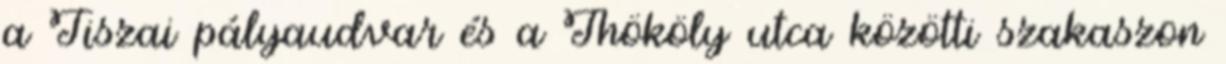
a Tiszai pályaudvar és a Thököly utca közötti szakaszon